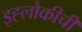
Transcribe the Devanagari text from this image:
इह्लोकीची